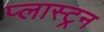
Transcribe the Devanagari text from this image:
प्लास्ट्रन